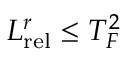
L _ { \mathrm { r e l } } ^ { r } \leq T _ { F } ^ { 2 }